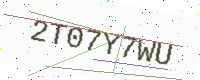
Text: 2T07Y7WU